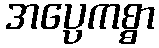
အပ္ပေကစ္စာ